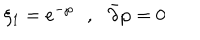
\xi _ { 1 } = e ^ { - \wp } \, \, \, \, , \, \, \, \, \bar { \partial } \wp = 0